Report of the Indian Hemp Drugs Commission, 1894-1895 - Volume V
Year: 1894
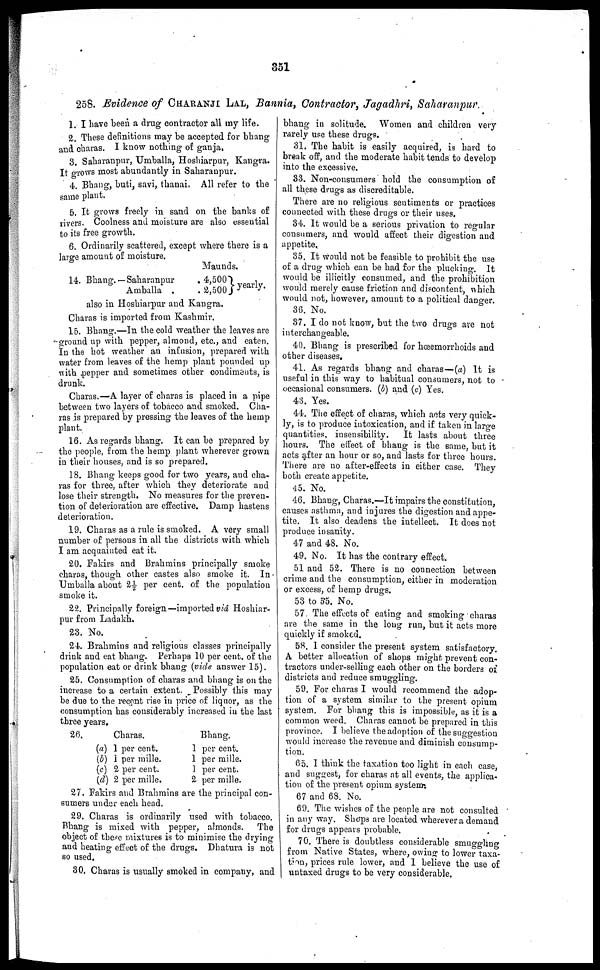
351
258. Evidence of CHARANJI LAL, Bannia, Contractor, Jagadhri, Saharanpur
1. I have been a drug contractor all my life.
2. These definitions may be accepted for bhang
and charas. I know nothing of ganja.
3. Saharanpur, Umballa, Hoshiarpur, Kangra.
It grows most abundantly in Saharanpur.
4. Bhang, buti, savi, thanai. All refer to the
same plant.
5. It grows freely in sand on the banks of
rivers. Coolness and moisture are also essential
to its free growth.
6. Ordinarily scattered, except where there is a
large amount of moisture.
14. Bhang.—Saharanpur
Amballa .
Maunds.
. 4,500 yearly.
. 2,500
also in Hoshiarpur and Kangra.
Charas is imported from Kashmir.
15. Bhang.—In the cold weather the leaves are
-ground up with pepper, almond, etc., and eaten.
In the hot weather an infusion, prepared with
water from leaves of the hemp plant pounded up
with pepper and sometimes other condiments, is
drunk.
Charas.—A layer of charas is placed in a pipe
between two layers of tobacco and smoked. Cha-
ras is prepared by pressing the leaves of the hemp
plant.
16. As regards bhang. It can be prepared by
the people, from the hemp plant wherever grown
in their houses, and is so prepared.
18. Bhang keeps good for two years, and cha-
ras for three, after which they deteriorate and
lose their strength. No measures for the preven-
tion of deterioration are effective. Damp hastens
deterioration.
19. Charas as a rule is smoked. A very small
number of persons in all the districts with which
I am acquainted eat it.
20. Fakirs and Brahmins principally smoke
charas, though other castes also smoke it. In
Umballa about 2½ per cent. of the population
smoke it.
22. Principally foreign—imported viâ Hoshiar-
pur from Ladakh.
23. No.
24. Brahmins and religious classes principally
drink and eat bhang. Perhaps 10 per cent. of the
population eat or drink bhang (vide answer 15).
25. Consumption of charas and bhang is on the
increase to a certain extent. Possibly this may
be due to the recent rise in price of liquor, as the
consumption has considerably increased in the last
three years.
26.
Charas.
(a) 1 per cent.
(b) 1 per mille.
(c) 2 per cent.
(d) 2 per mille.
Bhang.
1 per cent.
1 per mille.
1 per cent.
2 per mille.
27. Fakirs and Brahmins are the principal con-
sumers under each head.
29. Charas is ordinarily used with tobacco.
Bhang is mixed with pepper, almonds. The
object of these mixtures is to minimise the drying
and heating effect of the drugs. Dhatura is not
so used.
30, Charas is usually smoked in company, and
bhang in solitude. Women and children very
rarely use these drugs.
31. The habit is easily acquired, is hard to
break off, and the moderate habit tends to develop
into the excessive.
33. Non-consumers hold the consumption of
all these drugs as discreditable.
There are no religious sentiments or practices
connected with these drugs or their uses.
34. It would be a serious privation to regular
consumers, and would affect their digestion and
appetite.
35. It would not be feasible to prohibit the use
of a drug which can be had for the plucking. It
would be illicitly consumed, and the prohibition
would merely cause friction and discontent, which
would not, however, amount to a political danger.
36. No.
37. I do not know, but the two drugs are not
interchangeable.
40. Bhang is prescribed for hœemorrhoids and
other diseases.
41. As regards bhang and charas—(a) It is
useful in this way to habitual consumers, not to
occasional consumers. (b) and (c) Yes.
43. Yes.
44. The effect of charas, which acts very quick-
ly, is to produce intoxication, and if taken in large
quantities, insensibility.
It lasts about three
hours. The effect of bhang is the same, but it
acts after an hour or so, and lasts for three hours.
There are no after-effects in either case. They
both create appetite.
45. No.
46. Bhang, Charas.—It impairs the constitution,
causes asthma, and injures the digestion and appe-
tite. It also deadens the intellect. It does not
produce insanity.
47 and 48. No.
49. No. It has the contrary effect.
51 and 52. There is no connection between
crime and the consumption, either in moderation
or excess, of hemp drugs.
53 to 55. No.
57. The effects of eating and smoking charas
are the same in the long run, but it acts more
quickly if smoked.
58. 1 consider the present system satisfactory.
A better allocation of shops might prevent con-
tractors under-selling each other on the borders of
districts and reduce smuggling.
59. For charas I would recommend the adop-
tion of a system similar to the present opium
system. For bhang this is impossible, as it is a
common weed. Charas cannot be prepared in this
province. I believe the adoption of the suggestion
would increase the revenue and diminish consump-
tion.
65. I think the taxation too light in each case,
and suggest, for charas at all events, the applica-
tion of the present opium system.
67 and 68. No.
69. The wishes of the people are not consulted
in any way. Shops are located wherever a demand
for drugs appears probable.
70. There is doubtless considerable smuggling
from Native States, where, owing to lower taxa-
tion, prices rule lower, and I believe the use of
untaxed drugs to be very considerable.